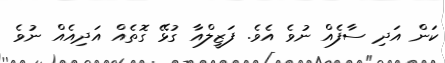
ކަން އަދި ސާފެއް ނުވެ އެވެ. ފަޒީލްއާ ގުޅޭ ގޮތެއް އަދިއެއް ނުވެ